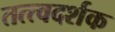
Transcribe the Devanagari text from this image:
तत्त्वदर्शक